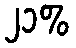
၂၁%